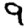
Digit: 9